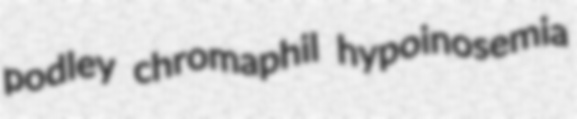
podley chromaphil hypoinosemia